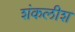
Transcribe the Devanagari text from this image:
शंकलीश